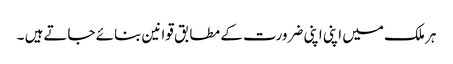
ہر ملک میں اپنی اپنی ضرورت کے مطابق قوانین بنائے جاتےہیں ۔